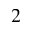
2